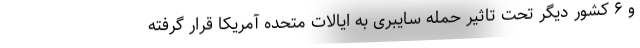
و ۶ کشور دیگر تحت تاثیر حمله سایبری به ایالات متحده آمریکا قرار گرفته